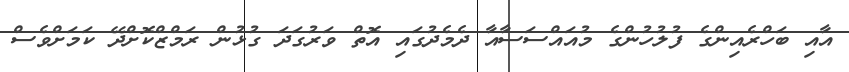
އާއި ބަހްރެއިންގެ ފުލުހުންގެ މުއައްސަސާއާ ދެމެދުގައި އޮތް ވަރުގަދަ ގުޅުން ރަމްޒްކޮށްދޭ ކަމަށްވެސް